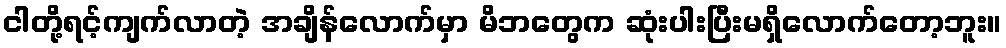
ငါတို့ရင့်ကျက်လာတဲ့ အချိန်လောက်မှာ မိဘတွေက ဆုံးပါးပြီးမရှိလောက်တော့ဘူး။